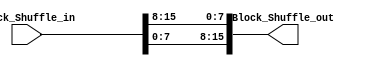
module Small_Blokc_Shuffle(
input  [15:0] Block_Shuffle_in,
output [15:0] Block_Shuffle_out
);

wire [3:0] Block_Shuffle_regs [3:0];
assign Block_Shuffle_regs [0]	= Block_Shuffle_in[3:0];
assign Block_Shuffle_regs [1]	= Block_Shuffle_in[7:4];
assign Block_Shuffle_regs [2]	= Block_Shuffle_in[11:8];
assign Block_Shuffle_regs [3]	= Block_Shuffle_in[15:12];

assign Block_Shuffle_out = {Block_Shuffle_regs [1], Block_Shuffle_regs [0], Block_Shuffle_regs [3],Block_Shuffle_regs [2]};


endmodule